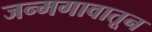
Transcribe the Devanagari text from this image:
जन्मगावातून